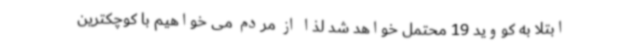
ابتلا به کووید 19 محتمل خواهد شد لذا از مردم می خواهیم با کوچکترین